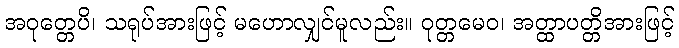
အဝုတ္တေပိ၊ သရုပ်အားဖြင့် မဟောလျှင်မူလည်း။ ဝုတ္တမေဝ၊ အတ္ထာပတ္တိအားဖြင့်